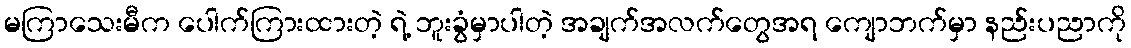
မကြာသေးမီက ပေါက်ကြားထားတဲ့ ရဲ့ ဘူးခွံမှာပါတဲ့ အချက်အလက်တွေအရ ကျောဘက်မှာ နည်းပညာကို